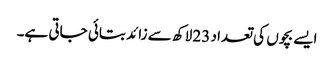
ایسے بچوں کی تعداد 23 لاکھ سے زائد بتائی جاتی ہے۔